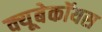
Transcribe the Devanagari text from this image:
क्यूबेकॉयस